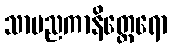
သာမညကာနိတ္ထေရော